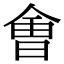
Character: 㑹